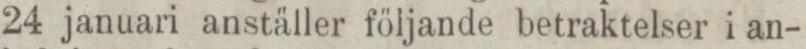
24 januari anställer följande betraktelser i an-